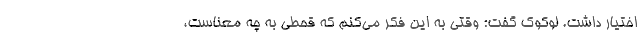
اختیار داشت. لوکوک گفت: وقتی به این فکر می‌کنم که قحطی به چه معناست،